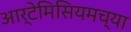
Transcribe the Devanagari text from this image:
आर्टेमिसियमच्या